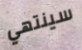
سينتهي